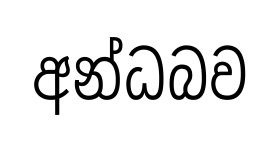
අන්ධබව